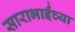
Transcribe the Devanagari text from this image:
साराभाईंच्या